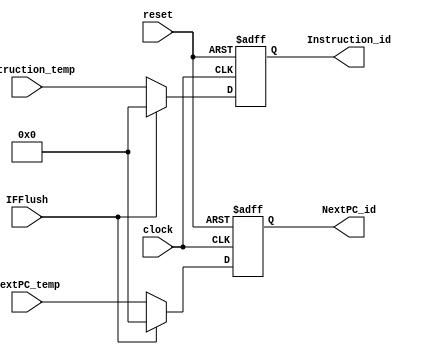
`timescale 1ns / 1ps
//////////////////////////////////////////////////////////////////////////////////
// Company: 
// Engineer: 
// 
// Design Name: 
// Module Name:    IF_ID 
// Project Name: 
// Target Devices: 
// Tool versions: 
// Description: 
//
// Dependencies: 
//
// Revision: 
// Revision 0.01 - File Created
// Additional Comments: 
//
//////////////////////////////////////////////////////////////////////////////////
module IF_ID (clock,reset,IFFlush,NextPC_temp,Instruction_temp,Instruction_id,NextPC_id);
	input clock,reset,IFFlush;
	input[31:0] NextPC_temp,Instruction_temp;
	output reg[31:0] Instruction_id,NextPC_id;
	
	always @(posedge clock or posedge reset) begin
	if (reset==1'b1)
		begin
			Instruction_id <= 32'b0;
			NextPC_id <= 32'b0;
		end
	else if (IFFlush)
	   begin
			Instruction_id <= 32'b0;
			NextPC_id <= 32'b0;
		end
	else
		begin 
			Instruction_id <= Instruction_temp;
			NextPC_id <= NextPC_temp;
		end
	end
endmodule